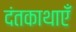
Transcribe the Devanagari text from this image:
दंतकाथाएँ